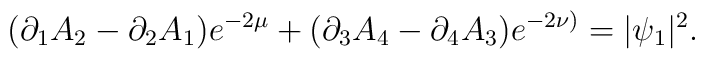
(\partial_{1}A_{2}  - \partial_{2}A_{1})e^{-2\mu} +(\partial_{3}A_{4}  - \partial_{4}A_{3}) e^{-2\nu)}=|\psi_{1}|^{2}.